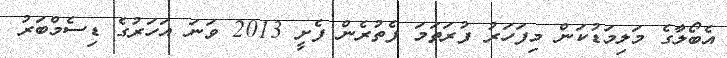
އެބޯލާގެ މަލިމަޑުކަން މިފަހަރު ފުރަތަމަ ފެތުރެން ފެށީ 2013 ވަނަ އަހަރުގެ ޑިސެމްބަރު